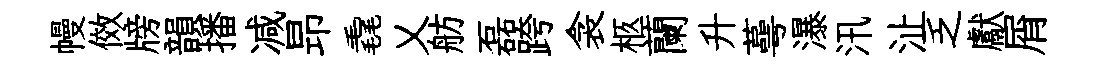
幔傚牓韻播减昻毳乂舫磊跨衾柩蘭升蕚瀑汛沚乏獻屑